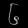
Digit: ၆